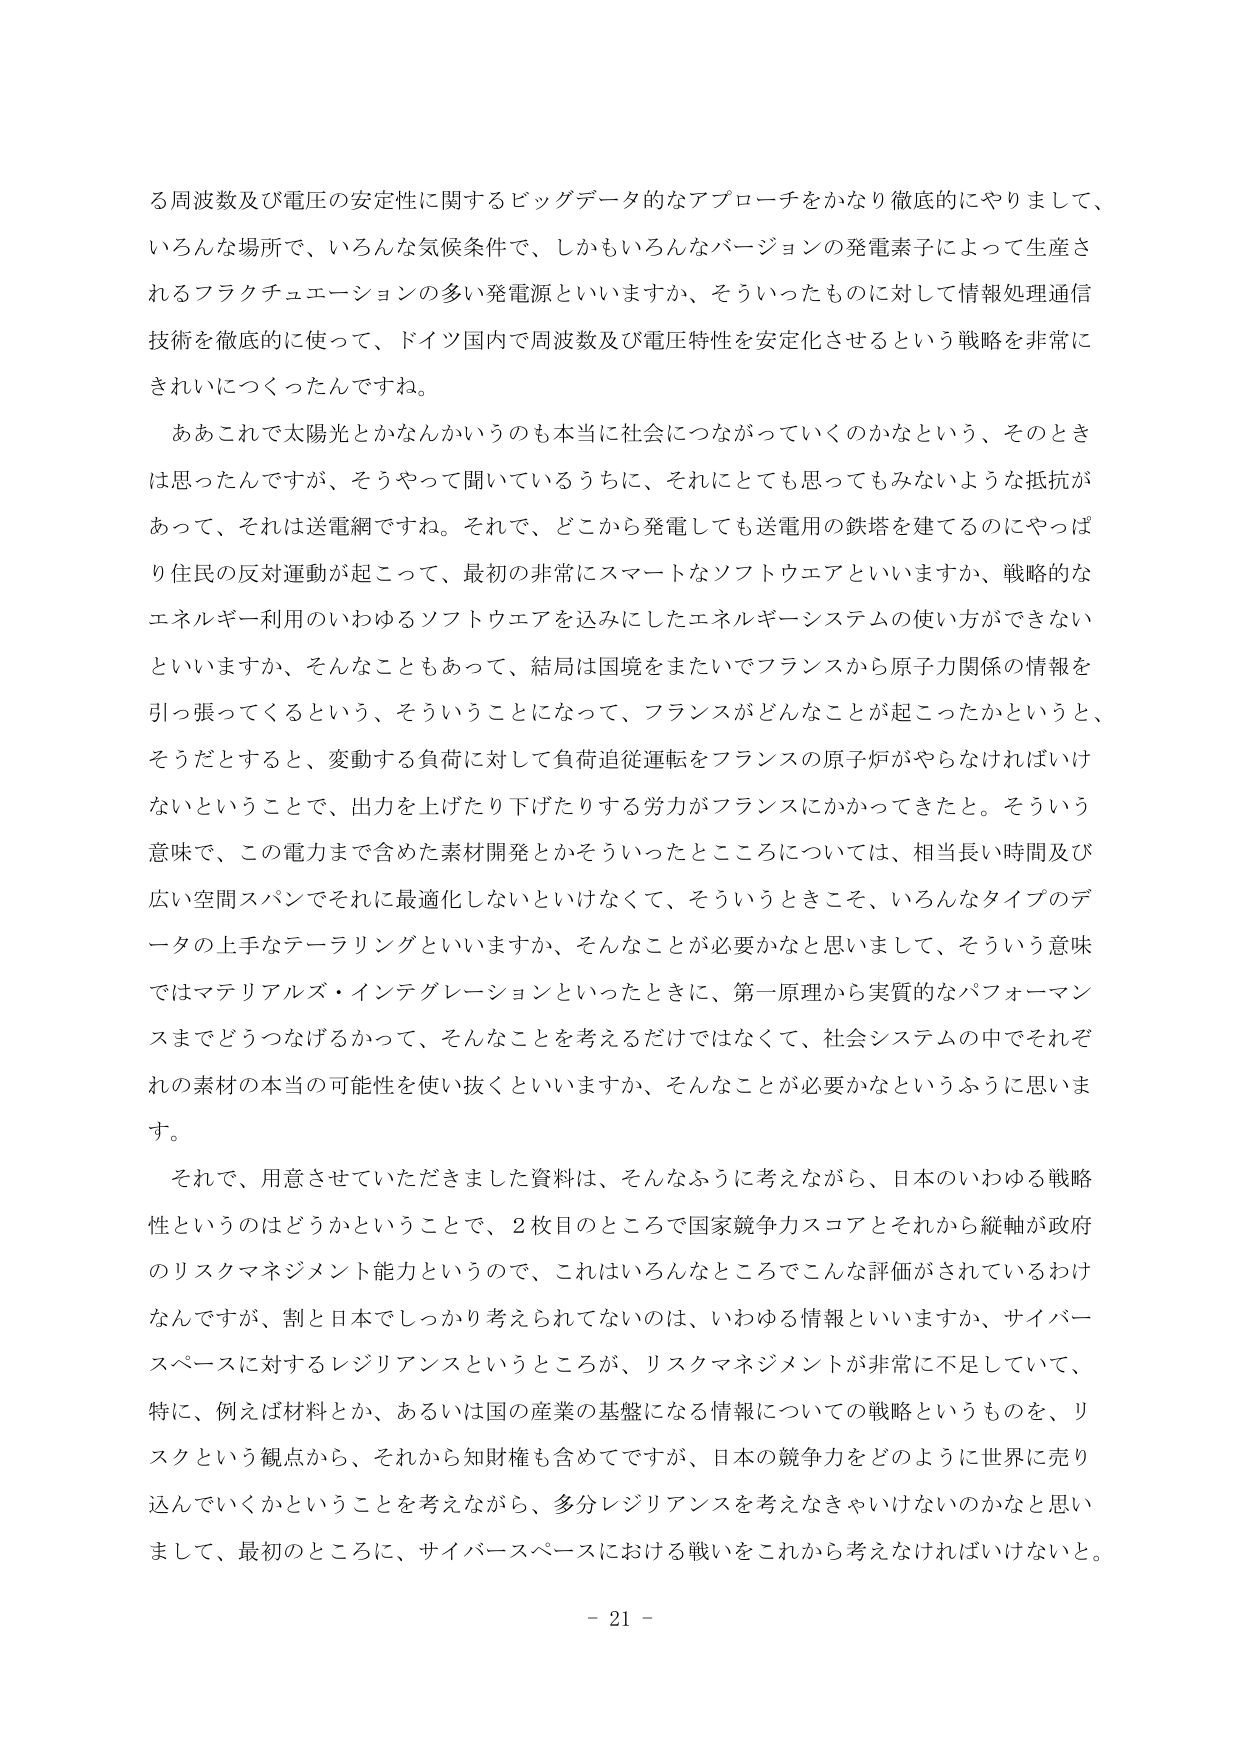
る周波数及び電圧の安定性に関するビッグデータ的なアプローチをかなり徹底的にやりまして、
いろんな場所で、いろんな気候条件で、しかもいろんなバージョンの発電素子によって生産さ
れるフラクチュエーションの多い発電源といいますか、そういったものに対して情報処理通信
技術を徹底的に使って、ドイツ国内で周波数及び電圧特性を安定化させるという戦略を非常に
きれいにつくったんですね。
　ああこれで太陽光とかなんかいうのも本当に社会につながっていくのかなという、そのとき
は思ったんですが、そうやって聞いているうちに、それにとても思ってもみないような抵抗が
あって、それは送電網ですね。それで、どこから発電しても送電用の鉄塔を建ててるのにやっぱ
り住民の反対運動が起こって、最初の非常にスマートなソフトウエアといいますか、戦略的な
エネルギー利用のいわゆるソフトウエアを込みにしたエネルギーシステムの使い方ができない
といいますか、そんなこともあって、結局は国境をまたいでフランスから原子力関係の情報を
引っ張ってくるという、そういうことになって、フランスがどんなことが起こったかというと、
そうだとすると、変動する負荷に対して負荷追従運転をフランスの原子炉がやらなければいけ
ないということで、出力を上げたり下げたりする労力がフランスにかかってきたと。そういう
意味で、この電力まで含めた素材開発とかそういったところについては、相当長い時間及び
広い空間スパンでそれに最適化しないといけなくて、そういうときこそ、いろんなタイプのデ
ータの上手なテーラリングといいますか、そんなことが必要かなと思いまして、そういう意味
ではマテリアルズ・インテグレーションといったときに、第一原理から実質的なパフォーマン
スまでどうつなげるかって、そんなことを考えるだけではなくて、社会システムの中でそれぞ
れの素材の本当の可能性を使い抜くといいますか、そんなことが必要かなというふうに思いま
す。
　それで、用意させていただきました資料は、そんなふうに考えながら、日本のいわゆる戦略
性というのはどうかということで、2枚目のところで国家競争力スコアとそれから縦軸が政府
のリスクマネジメント能力というので、これはいろんなところでこんな評価がされているわけ
なんですが、割と日本でしっかり考えられてないのは、いわゆる情報といいますか、サイバー
スペースに対するレジリエンスというところが、リスクマネジメントが非常に不足していて、
特に、例えば材料とか、あるいは国の産業の基盤になる情報についての戦略というものを、リ
スクという観点から、それから知財権も含めてですが、日本の競争力をどのように世界に売り
込んでいくかということを考えながら、多分レジリエンスを考えなきゃいけないのかなと思い
まして、最初のところに、サイバースペースにおける戦いをこれから考えなければならないと。
　- 21 -